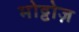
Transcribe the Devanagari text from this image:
मोट्टोज़